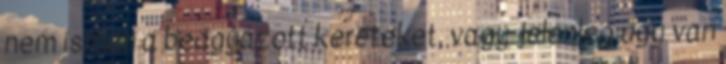
nem ismeri a beágyazott kereteket, vagy jelenleg úgy van